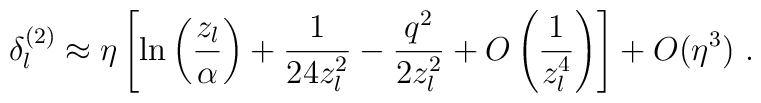
\delta_l^{(2)}\approx\eta\left[\ln\left(\frac{z_l}\alpha\right)+\frac1{24z_l^2}-\frac{q^2}{2z_l^2}+O\left(\frac1{z_l^4}\right)\right]+O(\eta^3) \ .